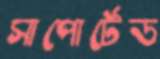
সাপোর্টেড